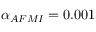
{ \alpha } _ { A F M I } = 0 . 0 0 1